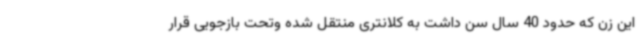
این زن که حدود 40 سال سن داشت به کلانتری منتقل شده وتحت بازجویی قرار